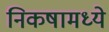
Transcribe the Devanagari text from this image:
निकषामध्ये